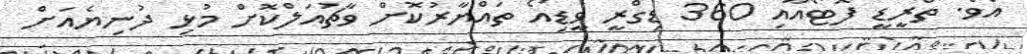
އެވެ. ތްރީޑީ ފޮޓޯއާއި 360 ޑިގްރީ ވީޑިއޯ ތައްޔާރުކޮށް ވާޗުއަލްކޮށް މުޅި ދުނިޔެއަށް